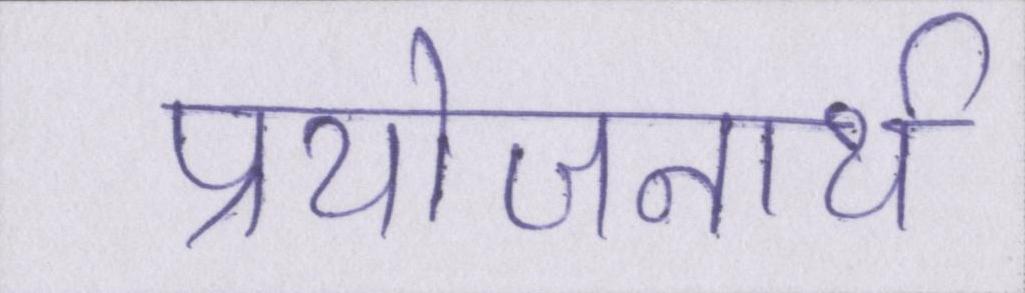
प्रयोजनार्थ